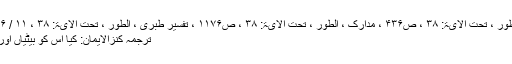
( جلالین ، الطور ، تحت الآیۃ: ۳۸ ، ص۴۳۶ ، مدارک ، الطور ، تحت الآیۃ: ۳۸ ، ص۱۱۷۶ ، تفسیر طبری ، الطور ، تحت الآیۃ: ۳۸ ، ۱۱ / ۴۹۶ ، ملتقطاً)
ترجمۂ کنزالایمان: کیا اس کو بیٹیاں اور تم کو بیٹے۔